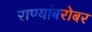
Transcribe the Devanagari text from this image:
राण्यांबरोबर